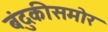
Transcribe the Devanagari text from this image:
बंदुकीसमोर